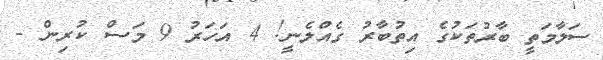
ސަލާމަތީ ބާރުތަކުގެ އިތުބާރު ގެއްލެނީ! 4 އަހަރު 9 މަސް ކުރިން -